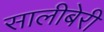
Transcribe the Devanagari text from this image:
सालीबेरी